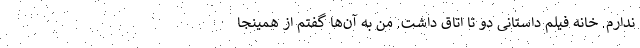
ندارم. خانه فیلم داستانی دو تا اتاق داشت. من به آن‌ها گفتم از همینجا